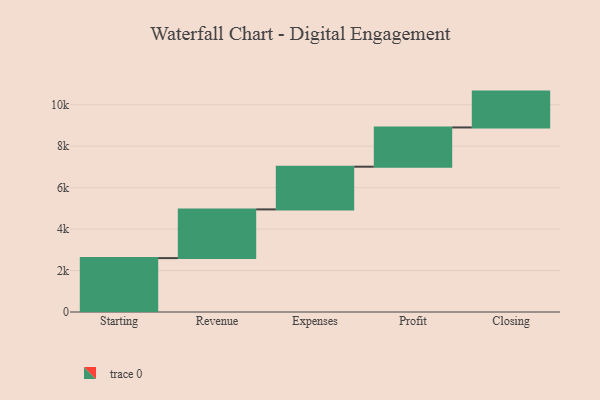
{"axis": {"x": "Step", "y": "Value"}, "legend": [""], "data": [{"x": "Starting", "y": 2600.0, "type": ""}, {"x": "Revenue", "y": 2350.0, "type": ""}, {"x": "Expenses", "y": 2060.0, "type": ""}, {"x": "Profit", "y": 1894.0, "type": ""}, {"x": "Closing", "y": 1729.0, "type": ""}]}